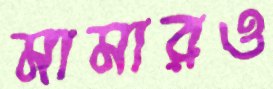
মামারও